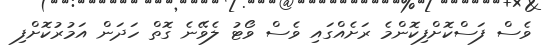
ވެސް ފަސްކޮށްފިކޮންމެ ރަށެއްގައި ވެސް ވޯޓު ލެވޭނެ ގޮތް ހަދަން އަމުރުކޮށްފި